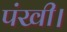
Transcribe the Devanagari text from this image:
पंखी।